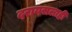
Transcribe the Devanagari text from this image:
दरायसलाही